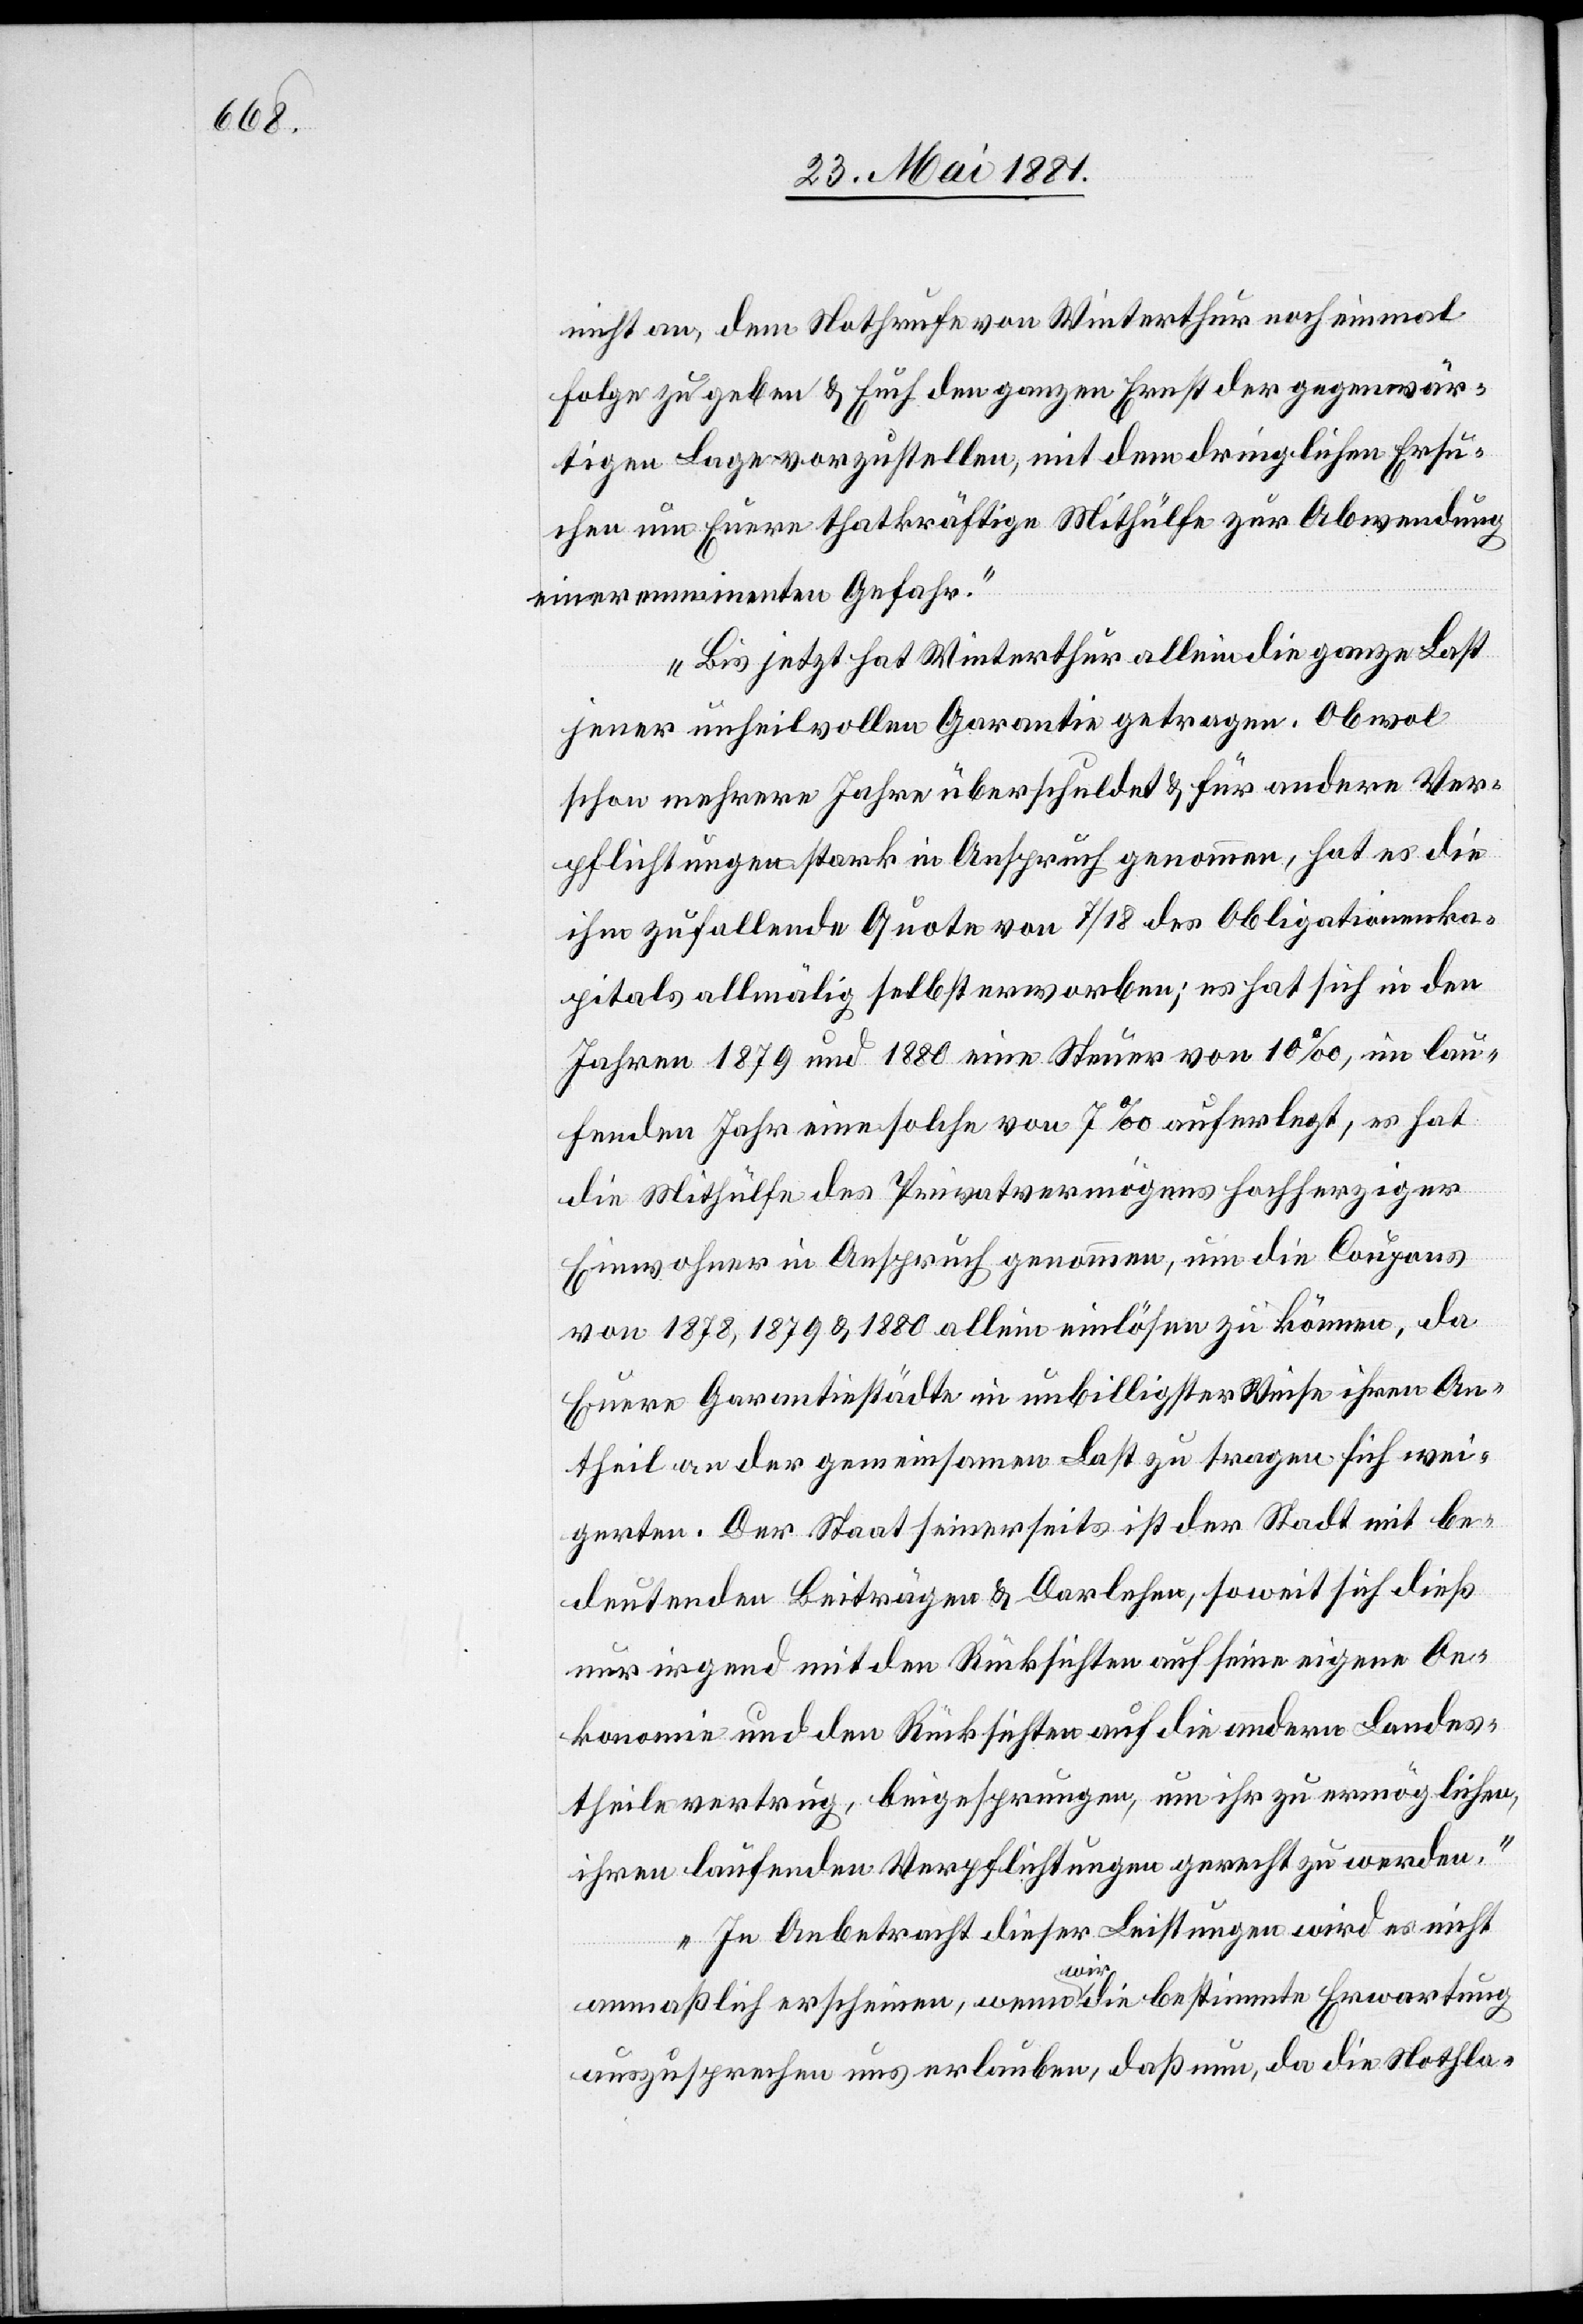
nicht an, dem Nothrufe von Winterthur noch einmal
Folge zu geben & Euch den ganzen Ernst der gegenwär¬
tigen Lage vorzustellen, mit dem dringlichen Ersu¬
chen um Eure thatkräftige Mithülfe zur Abwendung
einer imminenten Gefahr.
Bis jetzt hat Winterthur allein die ganze Last
jener unheilvollen Garantie getragen. Obwohl
schon mehrere Jahre überschuldet & für andere Ver¬
pflichtungen stark in Anspruch genommen, hat es die
ihm zufallende Quote von 7/18 des Obligationska¬
pitals allmälig selbst erworben; es hat sich in den
Jahren 1879 und 1880 eine Steuer von 10‰, im lau¬
fenden Jahr eine solche von 7‰ auferlegt, es hat
die Mithülfe des Privatvermögens hochherziger
Einwohner in Anspruch genommen, um die Coupons
von 1878, 1879 & 1880 allein einlösen zu können, da
Eure Garantiestädte in unbilligster Weise ihren An¬
theil an der gemeinsamen Last zu tragen sich wei¬
gerten. Der Staat seinerseits ist der Stadt mit be¬
deutenden Beiträgen & Darlehen, soweit sich dieß
nur irgend mit den Rücksichten auf seine Oekon¬
omie und den Rücksichten auf die andern Landes¬
theile vertrug, beigesprungen, um ihr zu ermöglichen,
ihren laufenden Verpflichtungen gerecht zu werden.
In Anbetracht dieser Leistungen wird es nicht
anmaßlich erscheinen, wenn wir die bestimmte Erwartung
auszusprechen uns erlauben, daß nun, da die Nothla-